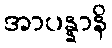
အာပန္နာနိ